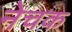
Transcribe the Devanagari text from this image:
नेचक